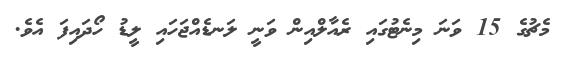
މެޗުގެ 15 ވަނަ މިނެޓުގައި ރެއާލްއިން ވަނީ ލަނޑެއްޖަހައި ލީޑު ހޯދައިފަ އެވެ.